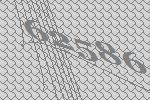
62586